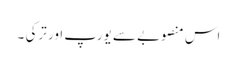
اس منصوبے سے یورپ اور ترکی ۔